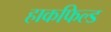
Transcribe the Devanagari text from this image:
हाकफिल्ड